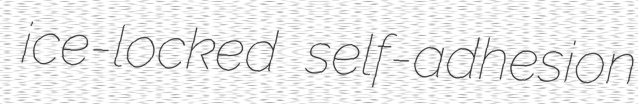
ice-locked self-adhesion